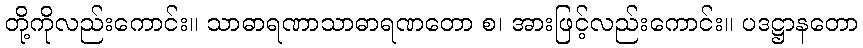
တို့ကိုလည်းကောင်း။ သာဓာရဏာသာဓာရဏတော စ၊ အားဖြင့်လည်းကောင်း။ ပဒဋ္ဌာနတော